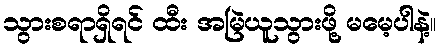
သွားစရာရှိရင် ထီး အမြဲယူသွားဖို့ မမေ့ပါနဲ့။